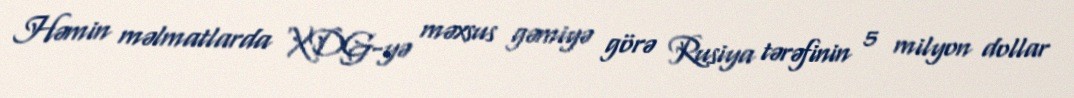
Həmin məlmatlarda XDG-yə məxsus gəmiyə görə Rusiya tərəfinin 5 milyon dollar